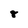
Character: 8